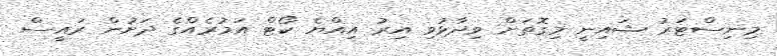
މިނިސްޓަރު ޝައިނީ މިގޮތަށް ވިދާޅުވި އިރު އިއްޔެ ކޯޓް އަމުރެއްގެ ދަށުން ރައީސް